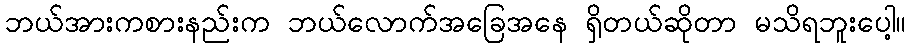
ဘယ်အားကစားနည်းက ဘယ်လောက်အခြေအနေ ရှိတယ်ဆိုတာ မသိရဘူးပေါ့။